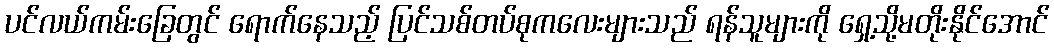
ပင်လယ်ကမ်းခြေတွင် ရောက်နေသည့် ပြင်သစ်တပ်စုကလေးများသည် ရန်သူများကို ရှေ့သို့မတိုးနိုင်အောင်